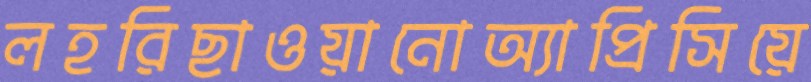
লহরিছাওয়ানোঅ্যাপ্রিসিয়ে